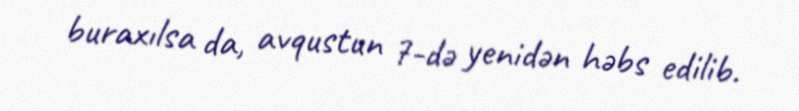
buraxılsa da, avqustun 7-də yenidən həbs edilib.